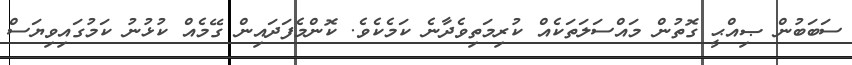
ސަބަބުން ޞިއްޙީ ގޮތުން މައްސަލަތަކެއް ކުރިމަތިވެދާނެ ކަމެކެވެ. ކޮންމެފަދައިން ގޭމެއް ކުޅުނު ކަމުގައިވިޔަސް